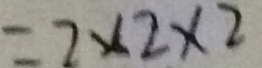
= 2 \times 2 \times 2